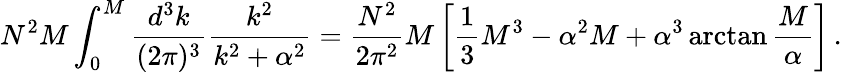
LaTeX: N^{2}M\int_{0}^{M}{\frac{d^{3}k}{(2\pi)^{3}}}{\frac{k^{2}}{k^{2}+\alpha^{2}}}={\frac{N^{2}}{2\pi^{2}}}M\left[{\frac{1}{3}}M^{3}-\alpha^{2}M+\alpha^{3}\arctan{\frac{M}{\alpha}}\right]\, .